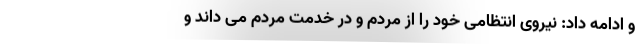
و ادامه داد: نیروی انتظامی خود را از مردم و در خدمت مردم می داند و